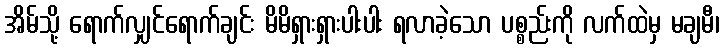
အိမ်သို့ ရောက်လျှင်ရောက်ချင်း မိမိရှားရှားပါးပါး ရလာခဲ့သော ပစ္စည်းကို လက်ထဲမှ မချမီ၊